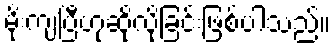
မိုးကျပြီဟုဆိုလိုခြင်းဖြစ်ပါသည်။